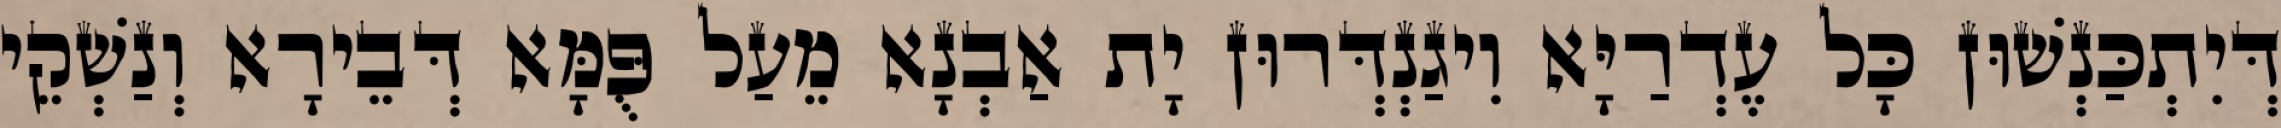
דְּיִתְכַּנְשׁוּן כָּל עֶדְרַיָּא וִיגַנְדְּרוּן יָת אַבְנָא מֵעַל פֻּמָּא דְּבֵירָא וְנַשְׁקֵי